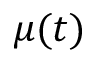
\mu ( t )